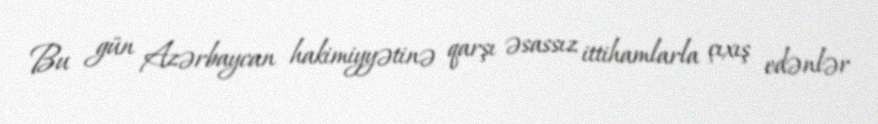
Bu gün Azərbaycan hakimiyyətinə qarşı əsassız ittihamlarla çıxış edənlər